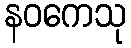
နဝကေသု